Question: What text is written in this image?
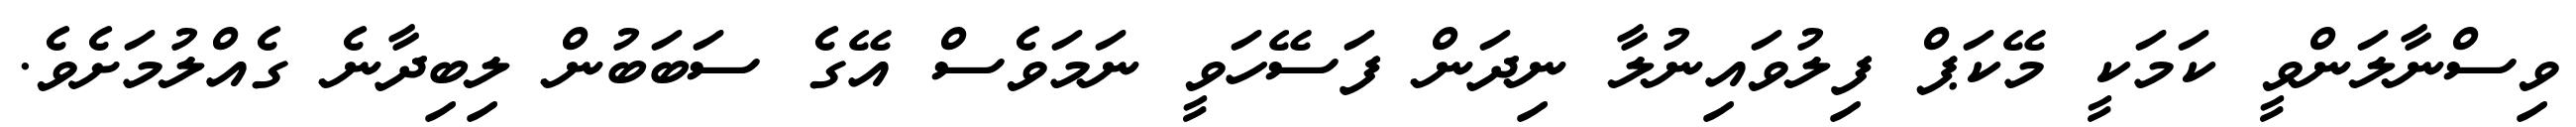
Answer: ވިސްނާލަންވީ ކަމަކީ މޭކަޕް ފިލުވައިނުލާ ނިދަން ފަސޭހަވީ ނަމަވެސް އޭގެ ސަބަބުން ލިބިދާނެ ގެއްލުމަށެވެ.